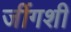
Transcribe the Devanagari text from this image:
जींगशी